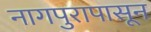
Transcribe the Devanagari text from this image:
नागपुरापासून